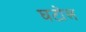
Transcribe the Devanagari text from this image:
घटोल